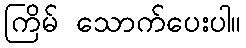
ကြိမ် သောက်ပေးပါ။